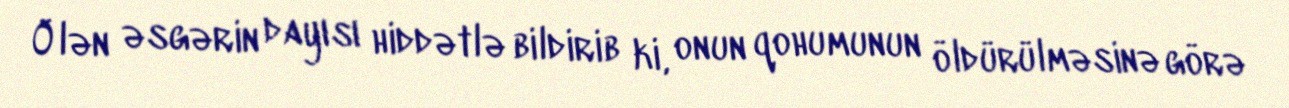
Ölən əsgərin dayısı hiddətlə bildirib ki, onun qohumunun öldürülməsinə görə